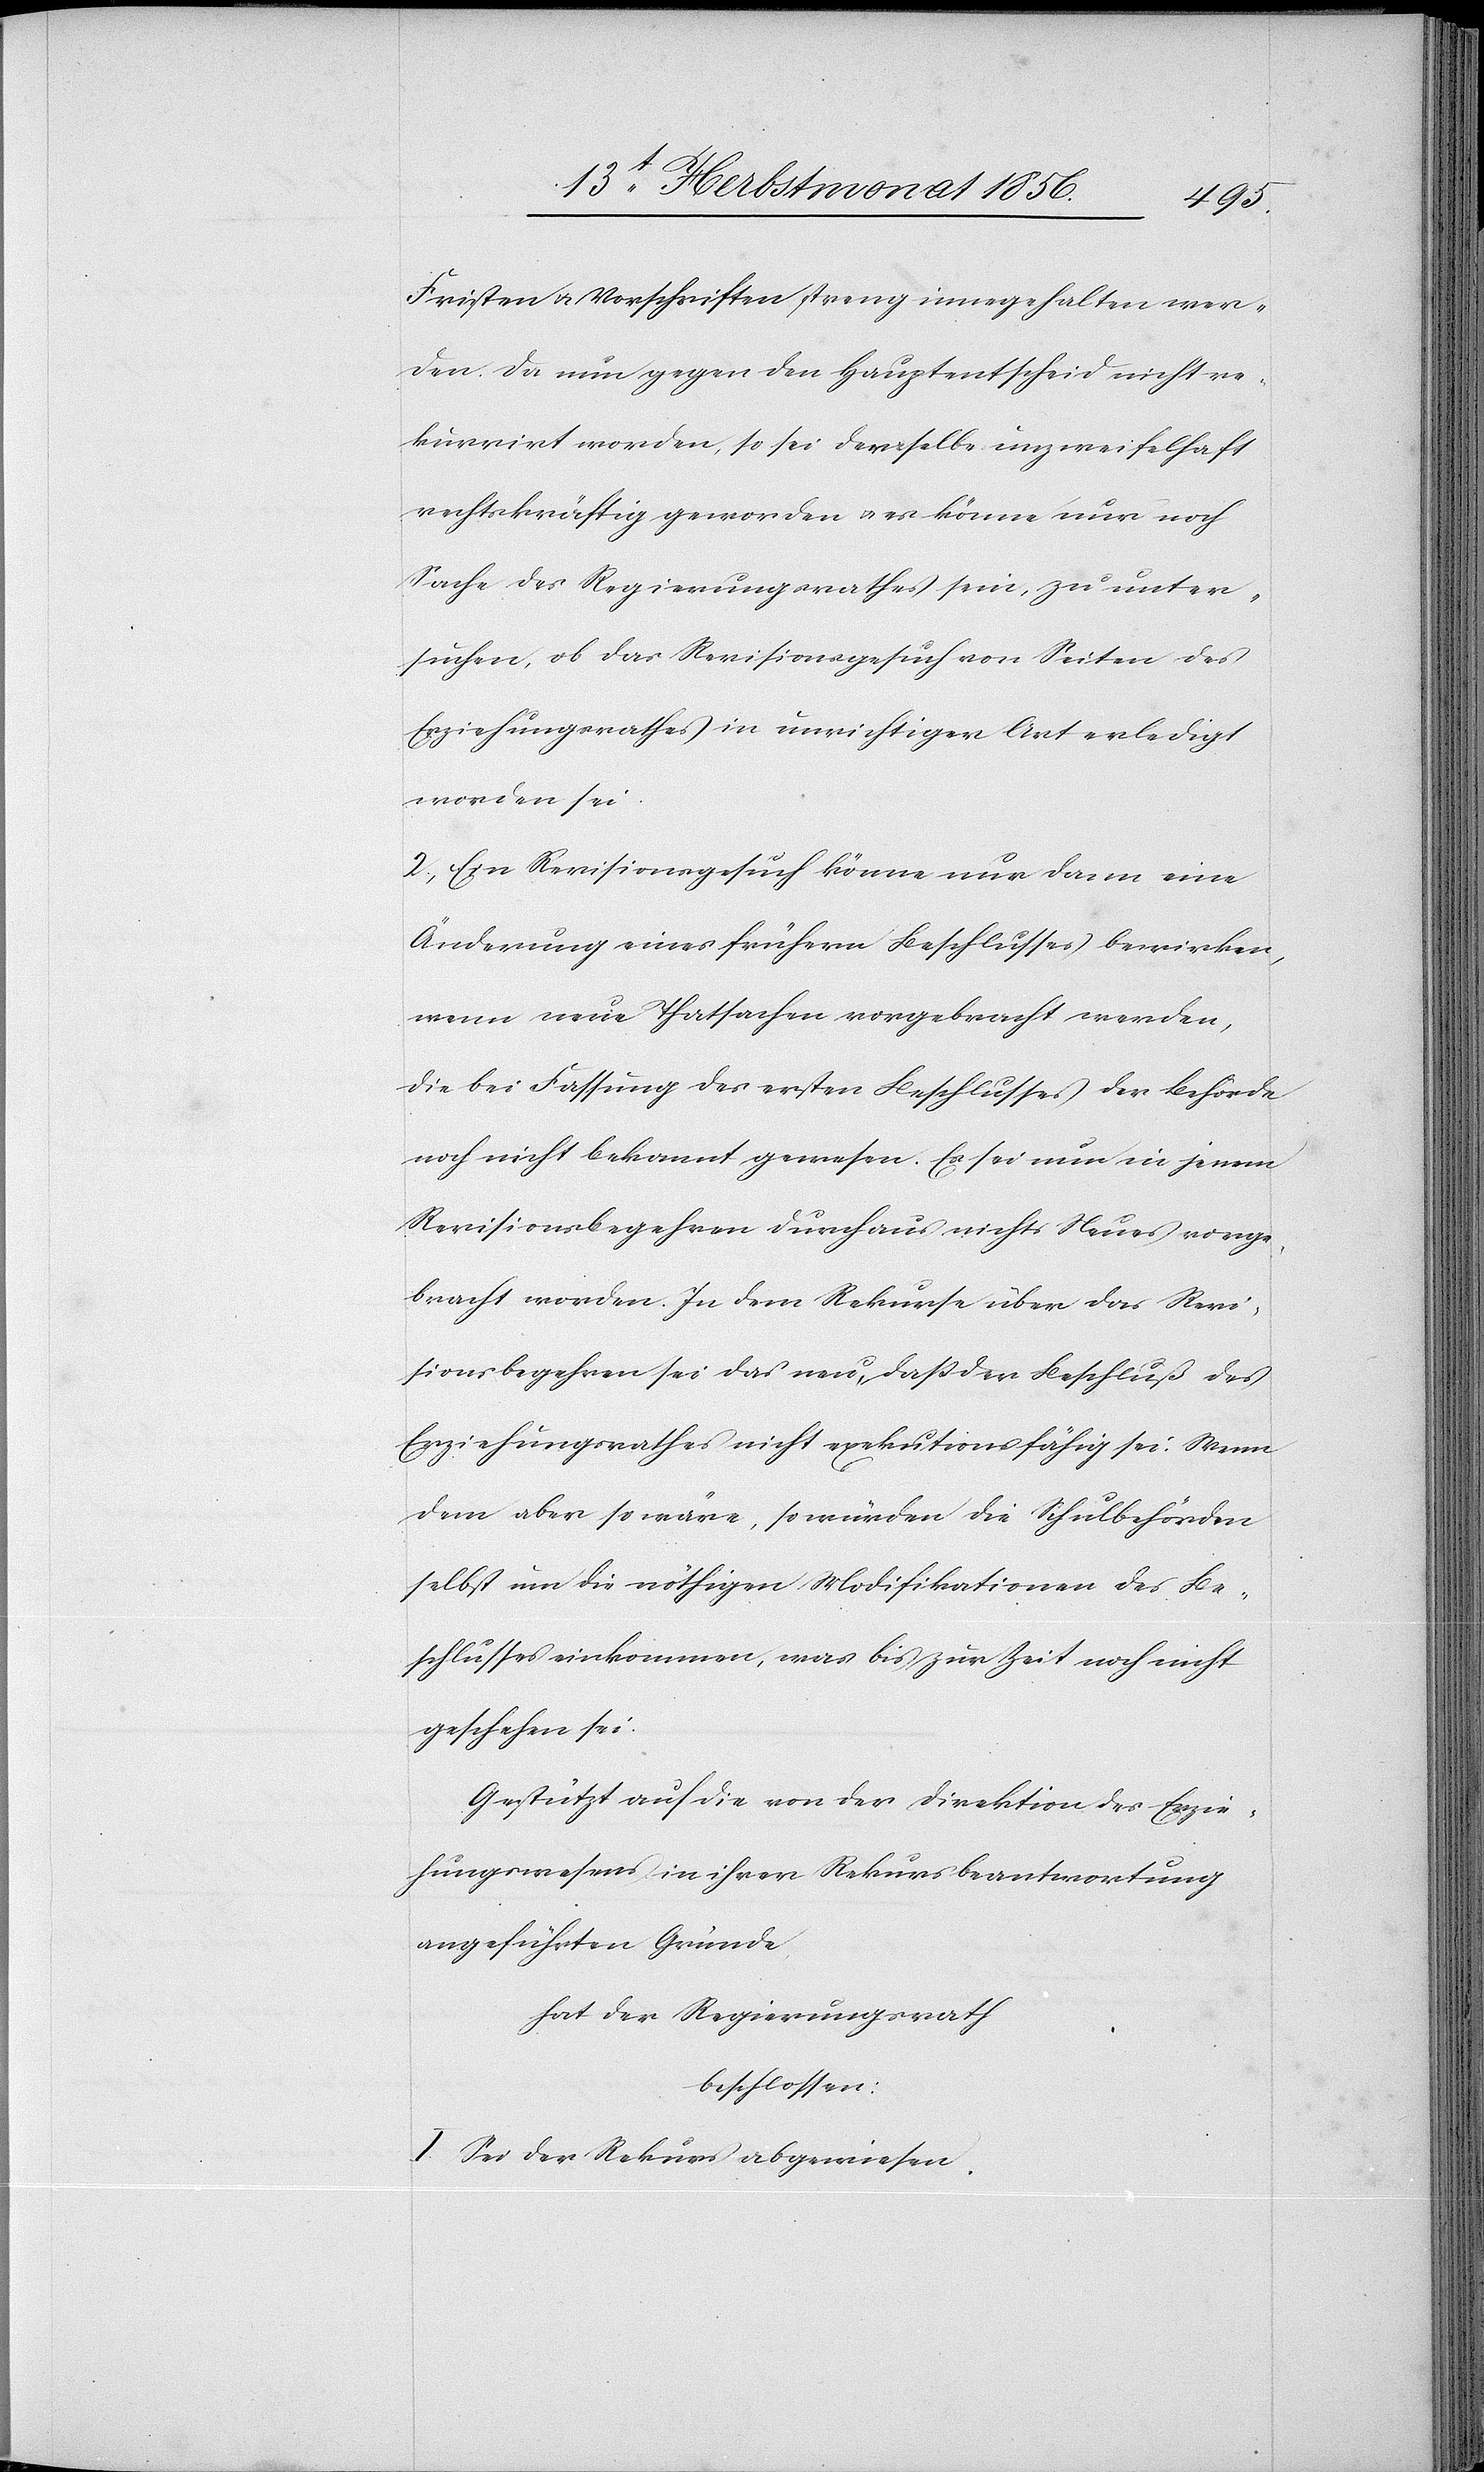
Fristen u. Vorschriften streng innegehalten wer¬
den. Da nun gegen den Hauptentscheid nicht re¬
kurrirt worden, so sei derselbe unzweifelhaft
rechtskräftig geworden u. es könne nur noch
Sache des Regierungsrathes sein, zu unter¬
suchen, ob das Revisionsgesuch von Seiten des
Erziehungsrathes in unrichtiger Art erledigt
worden sei.
2.) Ein Revisionsgesuch könne nur dann eine
Änderung eines frühern Beschlusses bewirken,
wenn neue Thatsachen vorgebracht werden,
die bei Fassung des ersten Beschlusses der Behörde
noch nicht bekannt gewesen. Es sei nun in jenen
Revisionsbegehren durchaus nichts Neues vorge¬
bracht worden. In dem Rekurse über das Revi¬
sionsbegehren sei das neu, dass der Beschluß des
Erziehungsrathes nicht exekutionsfähig sei. Wenn
dem aber so wäre, so würden die Schulbehörden
selbst um die nöthigen Modifikationen des Be¬
schlusses einkommen, was bis zur Zeit noch nicht
geschehen sei.
Gestützt auf die von der Direktion des Erzie¬
hungswesens in ihrer Rekursbeantwortung
angeführten Gründe
hat der Regierungsrath
beschlossen:
I.) Sei der Rekurs abgewiesen.